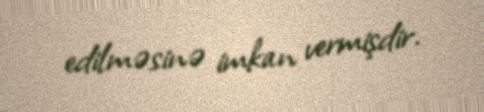
edilməsinə imkan vermişdir.